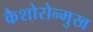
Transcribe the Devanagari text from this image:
कैशोरोन्मुख